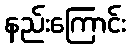
နည်းကြောင်း